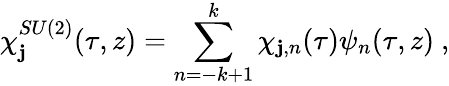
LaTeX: \chi_{\mathbf{j}}^{SU(2)}(\tau,z)=\sum_{n=-k+1}^{k}\chi_{\mathbf{j},n}(\tau)\psi_{n}(\tau,z)~,